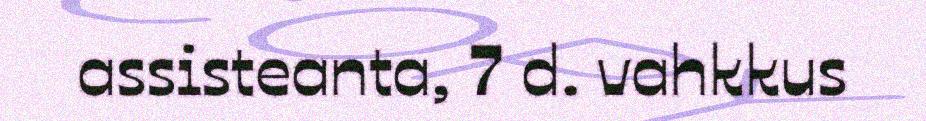
assisteanta, 7 d. vahkkus